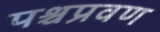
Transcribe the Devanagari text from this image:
पश्चप्रवण